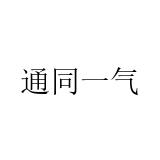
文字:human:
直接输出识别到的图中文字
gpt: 通同一气